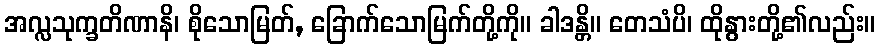
အလ္လသုက္ခတိဏာနိ၊ စိုသောမြတ်, ခြောက်သောမြက်တို့ကို။ ခါဒန္တိ။ တေသံပိ၊ ထိုနွားတို့၏လည်း။